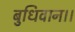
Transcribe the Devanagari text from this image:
बुधिवान।।